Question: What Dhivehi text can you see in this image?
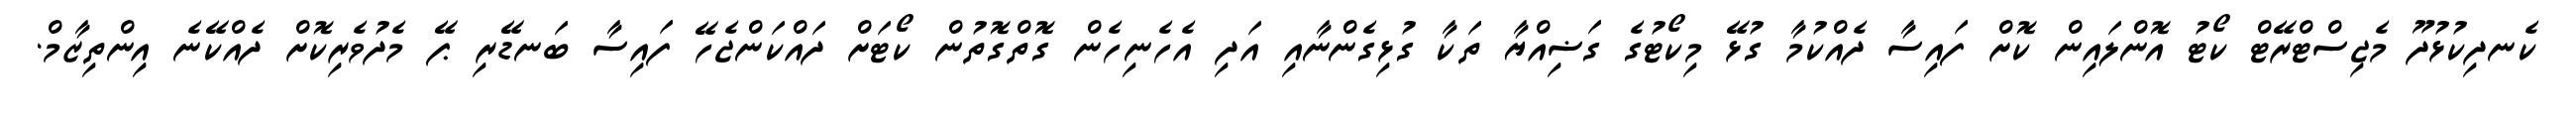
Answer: ކެނދިކުޅުދޫ މެޖިސްޓްރޭޓް ކޯޓު އޮންލައިން ކޮށް ފައިސާ ދެއްކުމާ ގުޅޭ މިކޯޓުގެ ގަޟިއްޔާ ތަކާ ގުޅިގެންނާއި އަދި އެހެނިހެން ގޮތްގޮތުން ކޯޓަށް ދައްކަންޖެހޭ ފައިސާ ބަނޑޭރި ޕޭ މެދުވެރިކޮށް ދެއްކޭނެ އިންތިޒާމް.